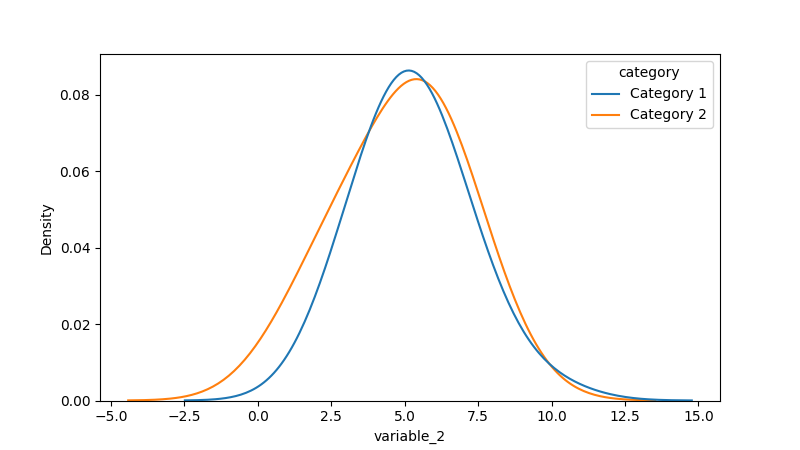
python, seaborn, kdeplot, hue='category', fill=False, bw_adjust=2.0